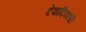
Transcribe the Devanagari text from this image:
देवादिकांची